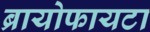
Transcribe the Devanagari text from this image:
ब्रायोफायटा